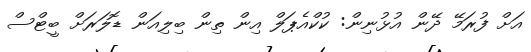
އަށް ފުރަމޭ ދޭން އުޅުނިން: ކުކްއެޕަލް އިން ތިން ބިލިއަން ޑޮލަރަށް ބީޓްސް